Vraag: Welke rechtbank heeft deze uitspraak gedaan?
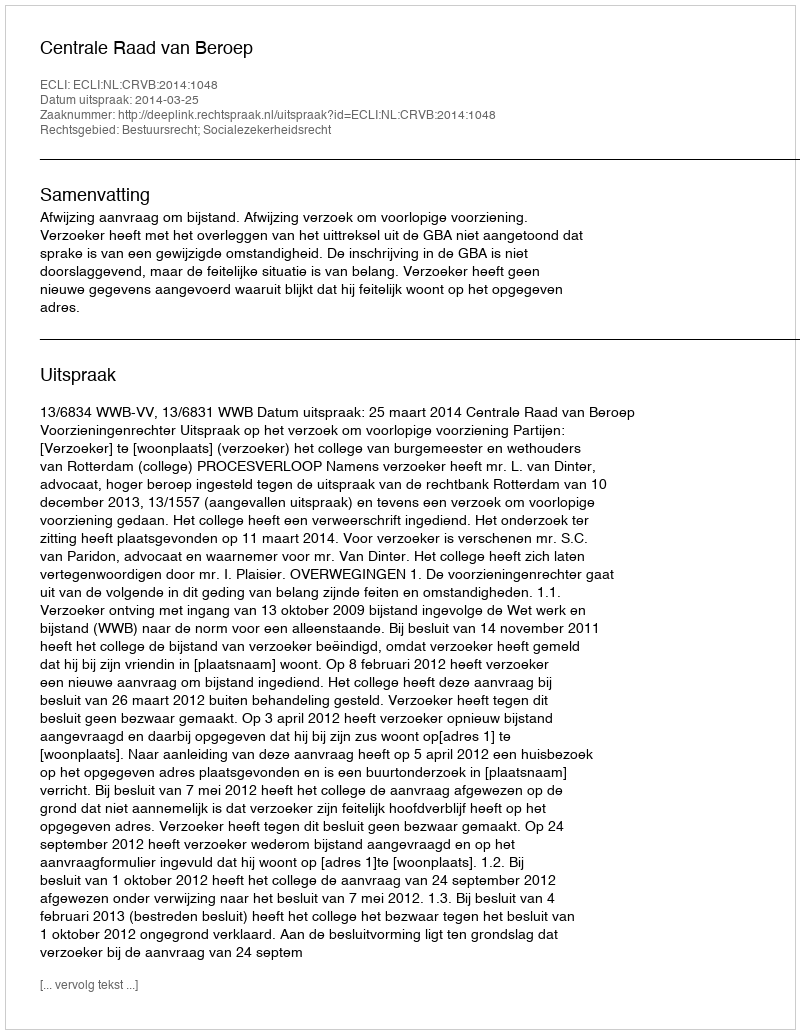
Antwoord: Centrale Raad van Beroep